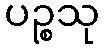
ပဉ္စသု